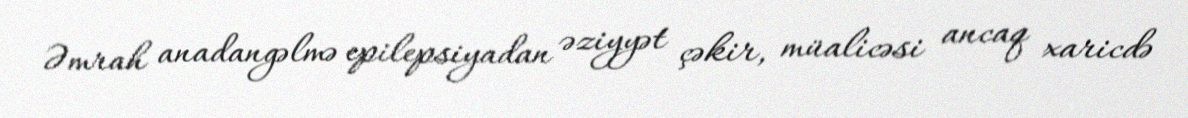
Əmrah anadangəlmə epilepsiyadan əziyyət çəkir, müalicəsi ancaq xaricdə